Statistical return of the lunatic asylum in Assam - 1912-1932
Year: 1912
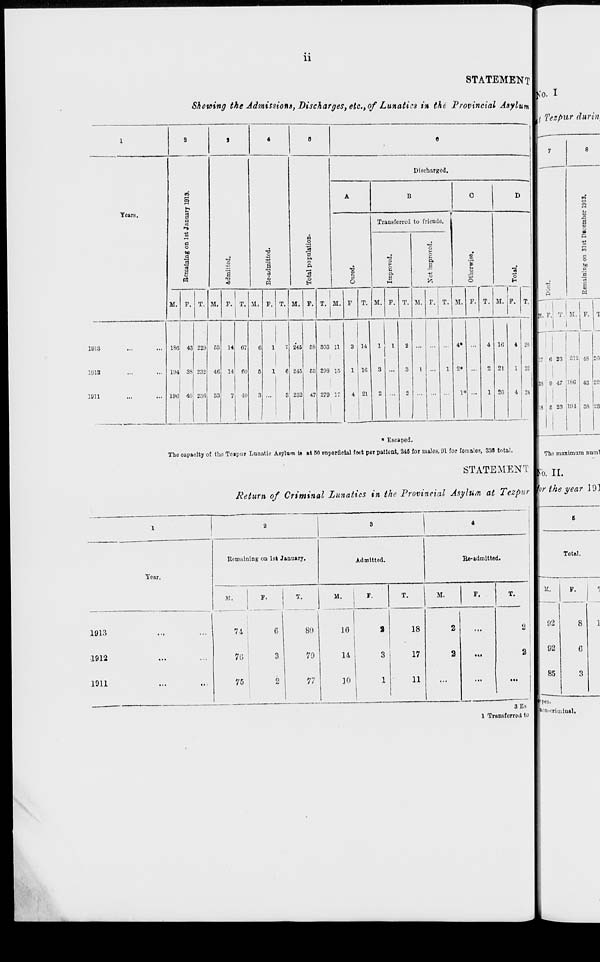
11
STATEMENT
Shewing the Admissions, Discharges, etc., of Lunatic in the Provincial Asylum
1
9
1
«
0
0
m
Discharged.
e
A
B
0
D
i-i
Tears,
t>
3
T
a
»■»
■8
Transferred to friends.
a
fl
o
o
•o
to
«o
1
a
"3
13
ft
•ri
o
«?
,3
O
Q,
a
•O
a
at
©
Pi
i
o
p.
0
a
p
H
J
i
<
«
H
o
►H
Y-
o
H
M. P. T. M.
|
P. T. M. P. T. M. P. T. M. P T. M. P. T. M. P. T. M. P. T. M. P. T.
1013
...
186 43 229 C3 14 67
C
1
7 245 68 303 11
3 14
1
1
2 ...
4»
4 16
4 20
191-2
...
194 38 232 46 14 60
6
1
6 246 63 293 15
1 10
3 ...
3
1 ...
1 2» ...
2 21
1 £2
1911
...
19G 4o; 230 33 1 4(1 3 ...
3 232 47 279 17
4 21
2 ...
2 ... ...
1* ...
1 20
4 21!
; Tezpur durin
• Escaped.
The oapaoity of the Teapur Lunatic Aflylum Is at 60 flnporflolal fact per patient, 246 for males, 91 for females, 338 total.
STATEMENT
Return of Criminal Lunatics in the Provincial Asylum at Tezpur
T3
o
SI. P. T. M.
S
a
o
c
.5
"3
S
S
F.
17 6 23
0 47
5 23
212
180
191
48
43
38 -.:;
Tear.
RenmininK on 1st January.
Admitted.
Re-admitted.
M.
M.
M.
P.
1013
1912
1911
71
7G
75
80
70
77
16
14
]0
18
17
11
The maximum nural
r 0 . II.
or the year 19]
Total.
3Ks
1 Transferred to
K.
92
02
85
pes.
^•criminal.